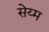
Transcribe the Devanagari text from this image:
सेय्म